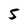
Character: 5